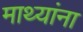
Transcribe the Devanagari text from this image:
माथ्यांना